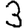
Digit: 3